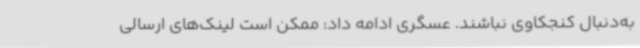
به‌دنبال کنجکاوی نباشند. عسگری ادامه داد: ممکن است لینک‌های ارسالی